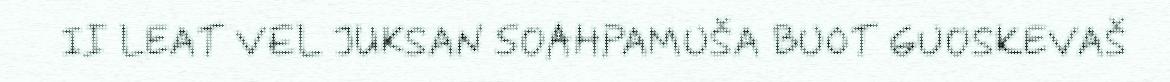
II LEAT VEL JUKSAN SOAHPAMUŠA BUOT GUOSKEVAŠ